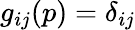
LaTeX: g_{ij}(p)=\delta_{ij}